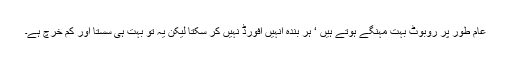
عام طور پر روبوٹ بہت مہنگے ہوتے ہیں ‘ ہر بندہ انہیں افورڈ نہیں کر سکتا لیکن یہ تو بہت ہی سستا اور کم خرچ ہے۔